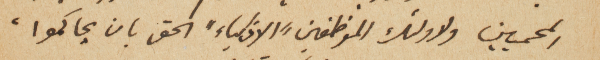
المحميين ولاولئك الموظفين "الاذكياء" الحق بان يحاكموا،